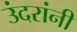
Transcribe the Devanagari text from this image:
उंदरांनी